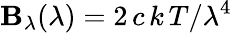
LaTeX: \mathbf{B}_{\lambda}(\lambda)=2\, c\, k\, T/\lambda^{4}